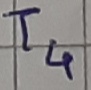
Text: T4